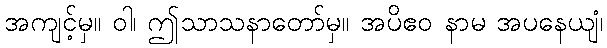
အကျင့်မှ။ ဝါ၊ ဤသာသနာတော်မှ။ အပိဧဝ နာမ အပနေယျံ၊